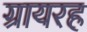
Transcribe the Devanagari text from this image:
ग्रायरह